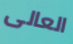
العالى